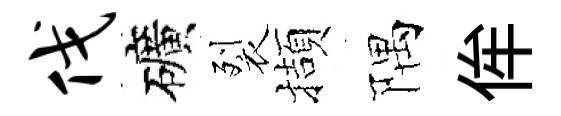
伐礦裂擷隅侔